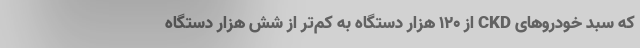
که سبد خودروهای CKD از 120 هزار دستگاه به کم‌تر از شش هزار دستگاه